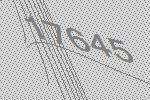
17645